Plague in India, 1896, 1897 - Volume 1
Year: 1896
Disease focus: Plague
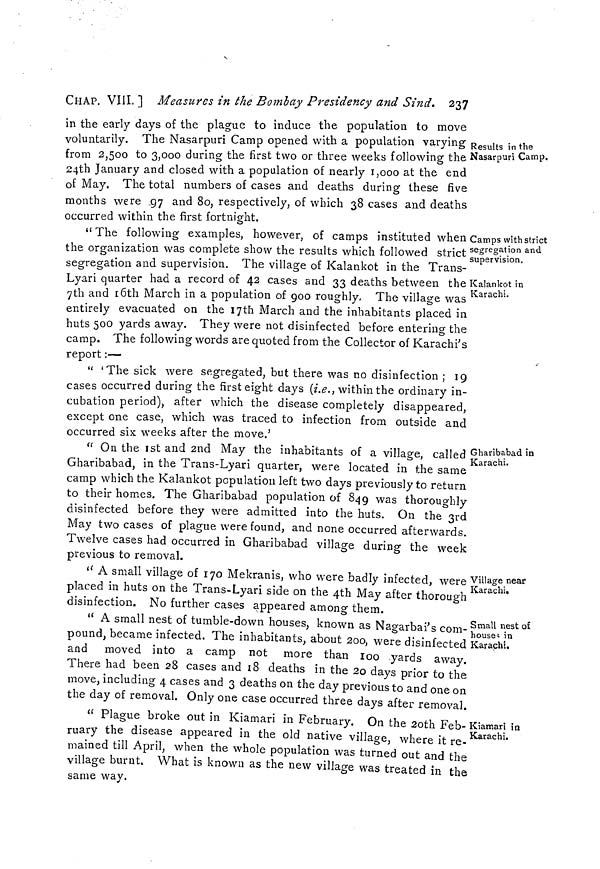
CHAP. VIII.] Measures in the Bombay Presidency and Sind. 237
Results in the
Nasarpuri Camp.
in the early days of the plague to induce the population to move
voluntarily. The Nasarpuri Camp opened with a population varying
from 2,500 to 3,000 during the first two or three weeks following the
24th January and closed with a population of nearly 1,000 at the end
of May. The total numbers of cases and deaths during these five
months were .97 and 80, respectively, of which 38 cases and deaths
occurred within the first fortnight.
Camps with strict
segregation and
supervision.
Kalankot in
Karachi.
"The following examples, however, of camps instituted when
the organization was complete show the results which followed strict
segregation and supervision. The village of Kalankot in the Trans-
Lyari quarter had a record of 42 cases and 33 deaths between the
7th and 16th March in a population of 900 roughly. The village was
entirely evacuated on the 17th March and the inhabitants placed in
huts 500 yards away. They were not disinfected before entering the
camp. The following words are quoted from the Collector of Karachi's
report:—
" 'The sick were segregated, but there was no disinfection ; 19
cases occurred during the first eight days (i.e., within the ordinary in-
cubation period), after which the disease completely disappeared,
except one case, which was traced to infection from outside and
occurred six weeks after the move.'
Gharibabad in
Karachi.
" On the 1st and 2nd May the inhabitants of a village, called !
Gharibabad, in the Trans-Lyari quarter, were located in the same
camp which the Kalankot population left two days previously to return
to their homes. The Gharibabad population of 849 was thoroughly
disinfected before they were admitted into the huts. On the 3rd
May two cases of plague were found, and none occurred afterwards.
Twelve cases had occurred in Gharibabad village during the week
previous to removal.
Village near
Karachi,
" A small village of 170 Mekranis, who were badly infected, were
placed in huts on the Trans-Lyari side on the 4th May after thorough
disinfection. No further cases appeared among them.
Small nest of
houses in
Karachi.
" A small nest of tumble-down houses, known as Nagarbai's com-
pound, became infected. The inhabitants, about 200, were disinfected
and moved into a camp not more than 100 yards away.
There had been 28 cases and 18 deaths in the 2o days prior to the
move, including 4 cases and 3 deaths on the day previous to and one on
the day of removal. Only one case occurred three days after removal.
Kiamari in
Karachi.
" Plague broke out in Kiamari in February. On the 2oth Feb-
ruary the disease appeared in the old native village, where it re-
mained till April, when the whole population was turned out and the
village burnt, What is known as the new village was treated in the
same way.